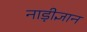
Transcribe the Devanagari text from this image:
नाड़ीज्ञान